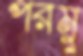
পরমু